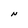
Character: N